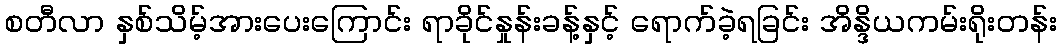
စတီလာ နှစ်သိမ့်အားပေးကြောင်း ရာခိုင်နှုန်းခန့်နှင့် ရောက်ခဲ့ရခြင်း အိန္ဒိယကမ်းရိုးတန်း